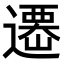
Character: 𨗆